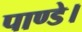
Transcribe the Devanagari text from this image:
पाण्डे।